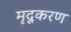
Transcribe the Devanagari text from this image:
मृदूकरण